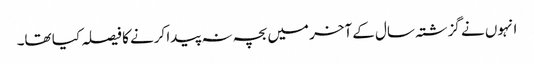
انہوں نے گزشتہ سال کے آخر میں بچہ نہ پیدا کرنے کا فیصلہ کیا تھا۔